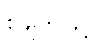
စွဲချက်ဖြင့်